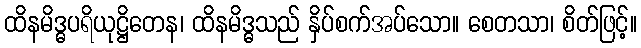
ထိနမိဒ္ဓပရိယုဋ္ဌိတေန၊ ထိနမိဒ္ဓသည် နှိပ်စက်အပ်သော။ စေတသာ၊ စိတ်ဖြင့်။